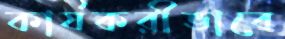
কার্যকরীভাবে